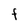
Character: F